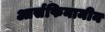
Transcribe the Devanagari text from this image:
आर्सफिनामीन